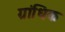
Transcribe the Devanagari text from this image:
ग्रांधिक